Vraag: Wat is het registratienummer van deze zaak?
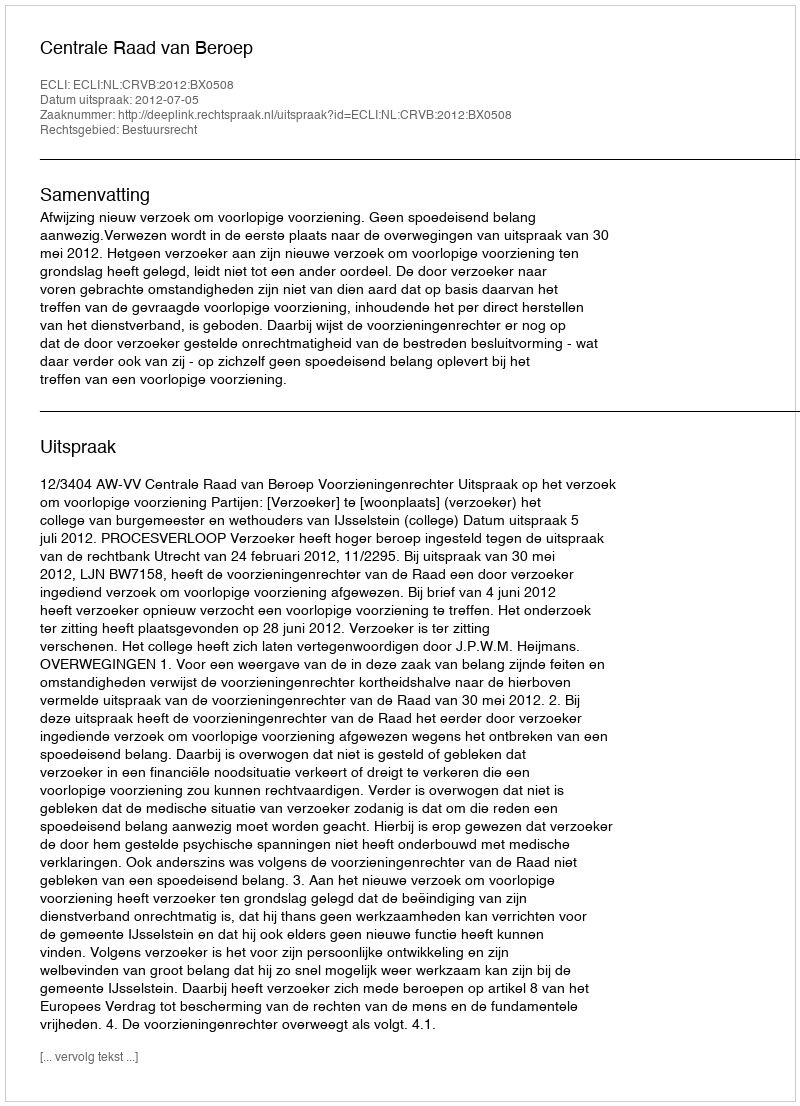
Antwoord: http://deeplink.rechtspraak.nl/uitspraak?id=ECLI:NL:CRVB:2012:BX0508